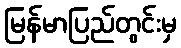
မြန်မာပြည်တွင်းမှ